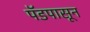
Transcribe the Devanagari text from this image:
पॅडपासून